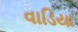
વાડિયા